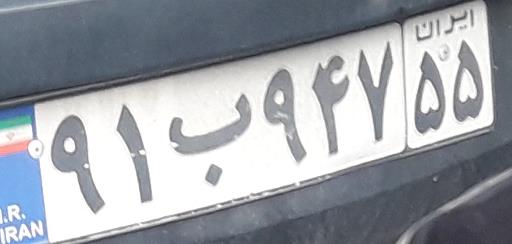
۹۱ب۹۴۷۵۵